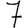
Digit: 7